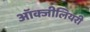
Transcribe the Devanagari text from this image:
ऑक्जीलियरी